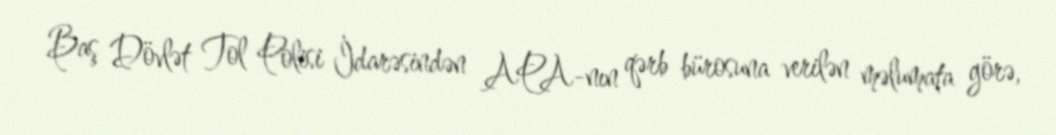
Baş Dövlət Tol Polisi İdarəsindən APA-nın qərb bürosuna verilən məlumata görə,